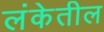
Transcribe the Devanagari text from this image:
लंकेतील